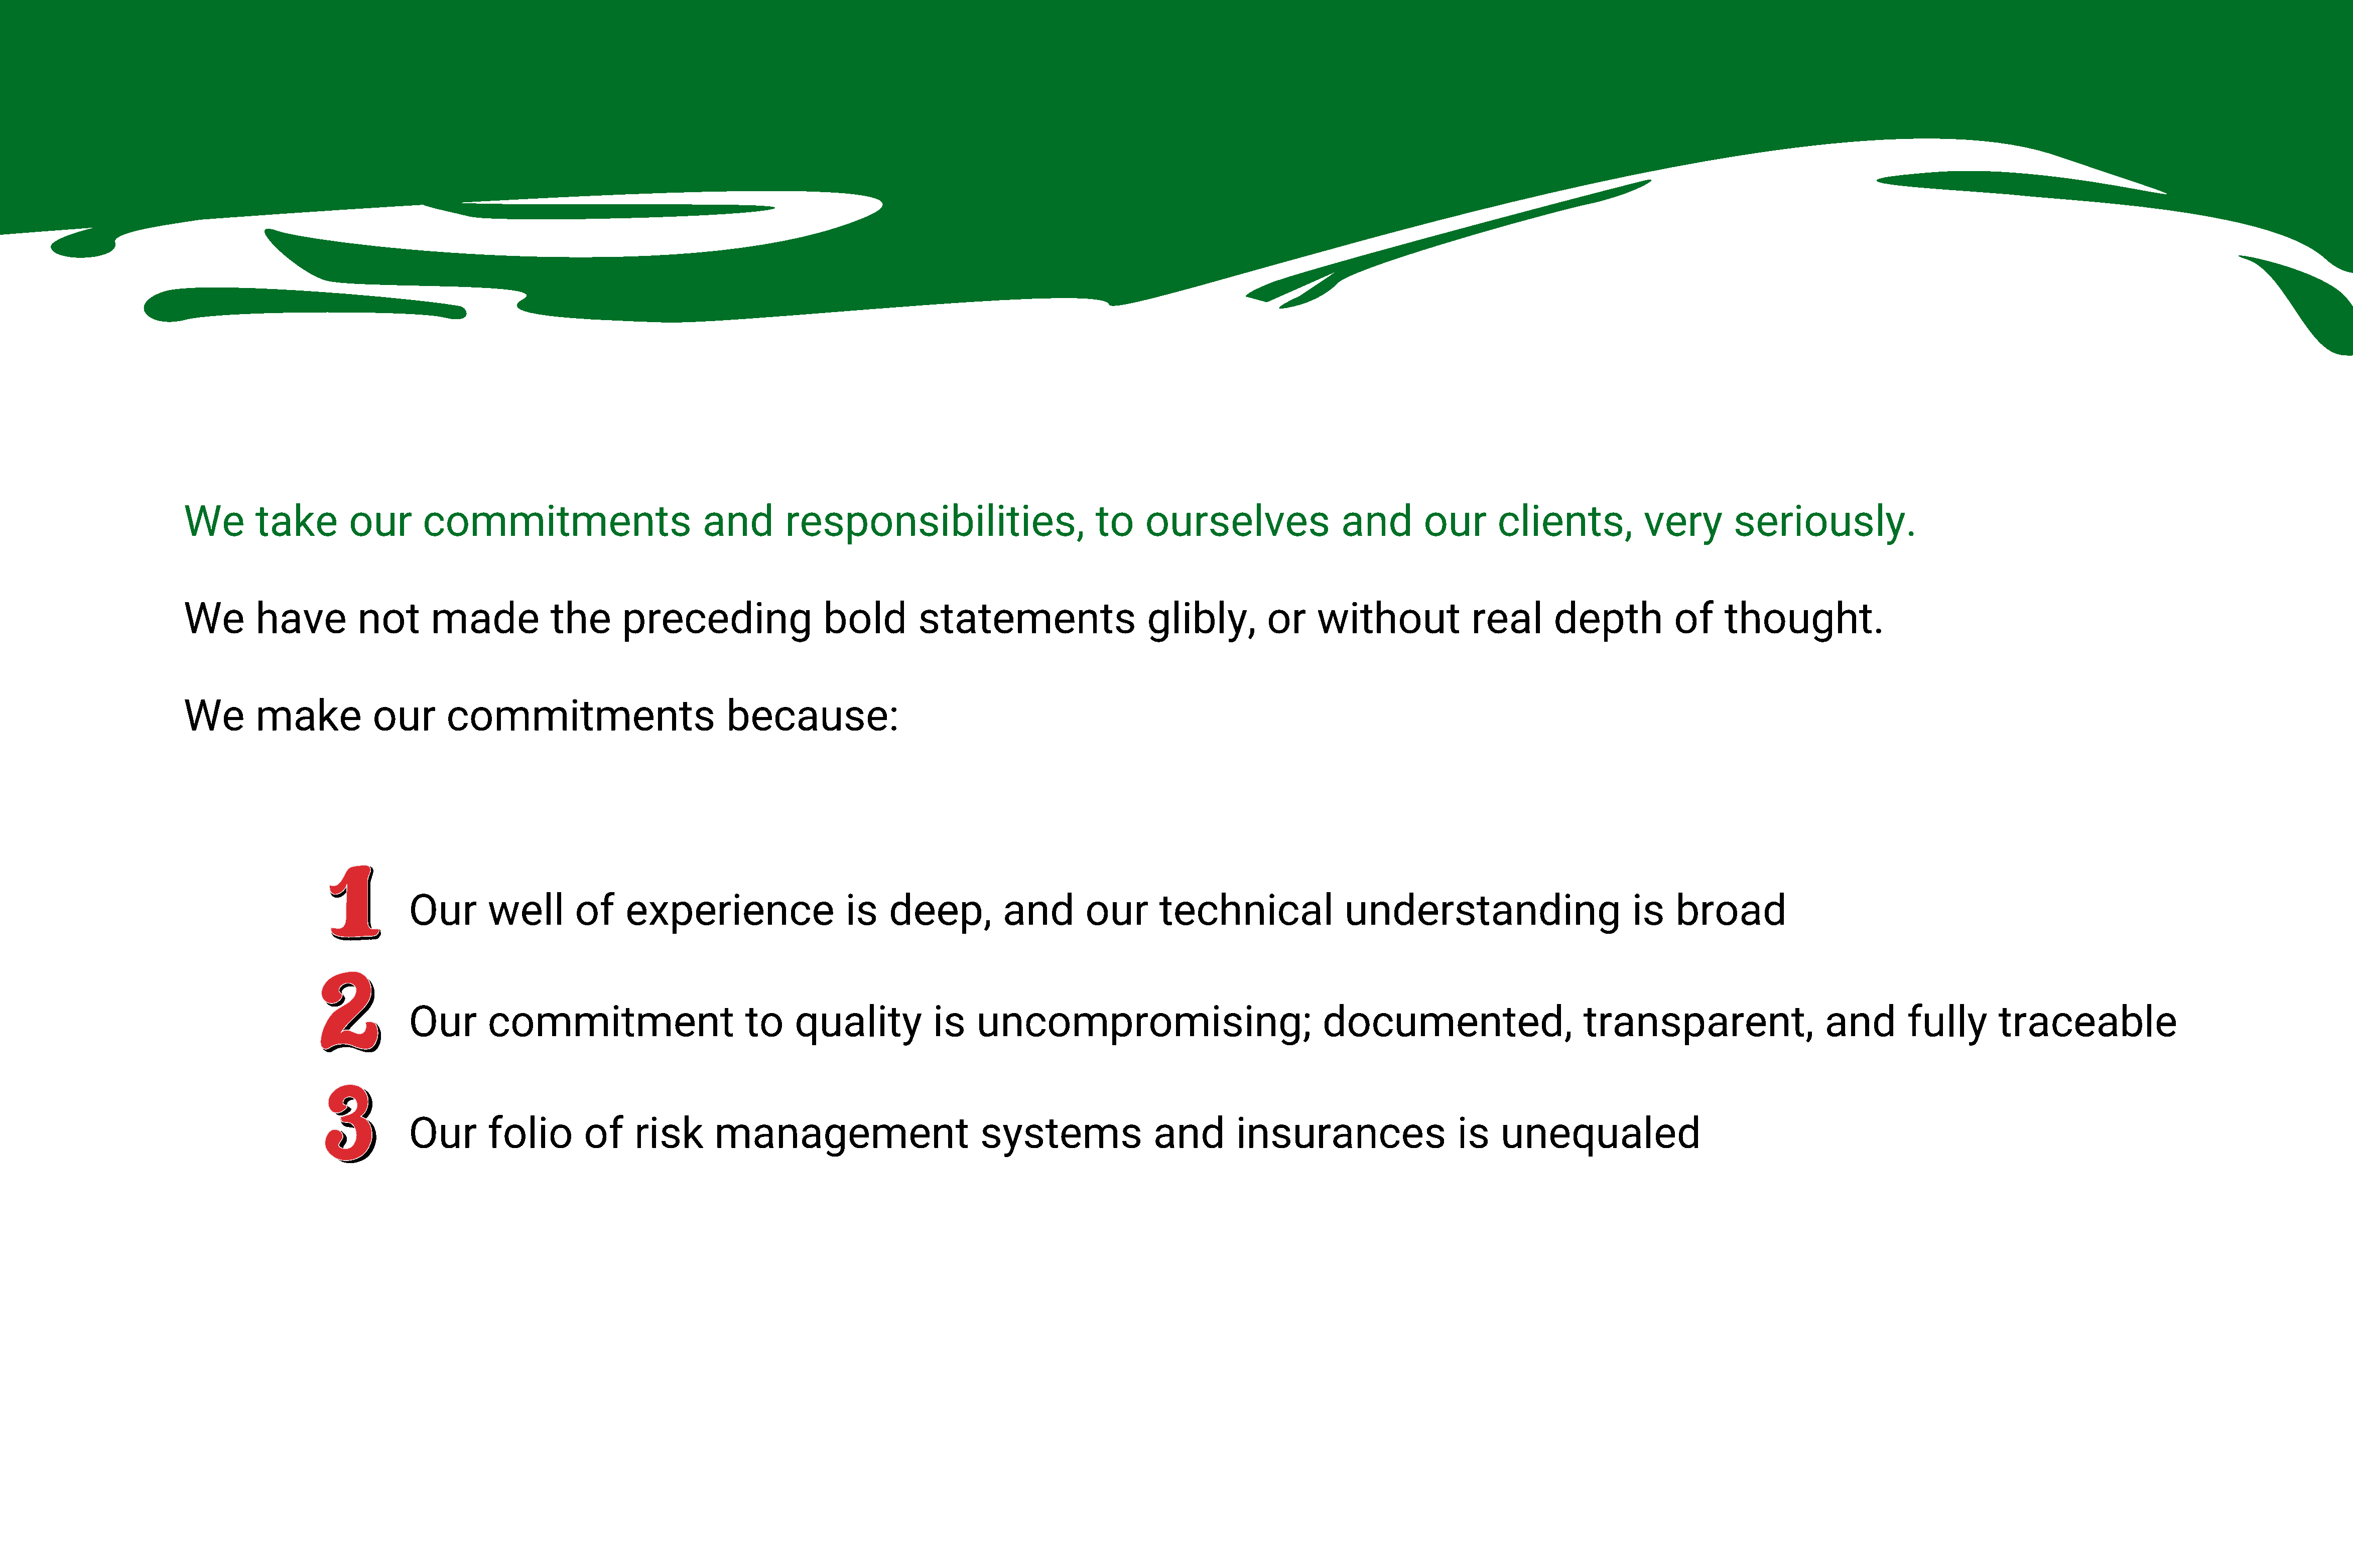
We        take        our       commitments                          and        responsibilities,                       to     ourselves                 and        our       clients,           very        seriously.
 We        have         not       made            the      preceding                  bold        statements                    glibly,         or     without             real       depth           of    thought.
 We        make           our       commitments                          because:
 Our       well        of    experience                   is    deep,          and        our       technical               understanding                         is    broad
 Our       commitment                        to     quality           is    uncompromising;                              documented,                        transparent,                    and        fully       traceable
 Our       folio        of     risk      management                         systems                and        insurances                   is    unequaled